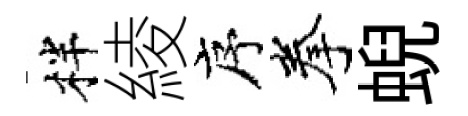
柈綾序拳蜺